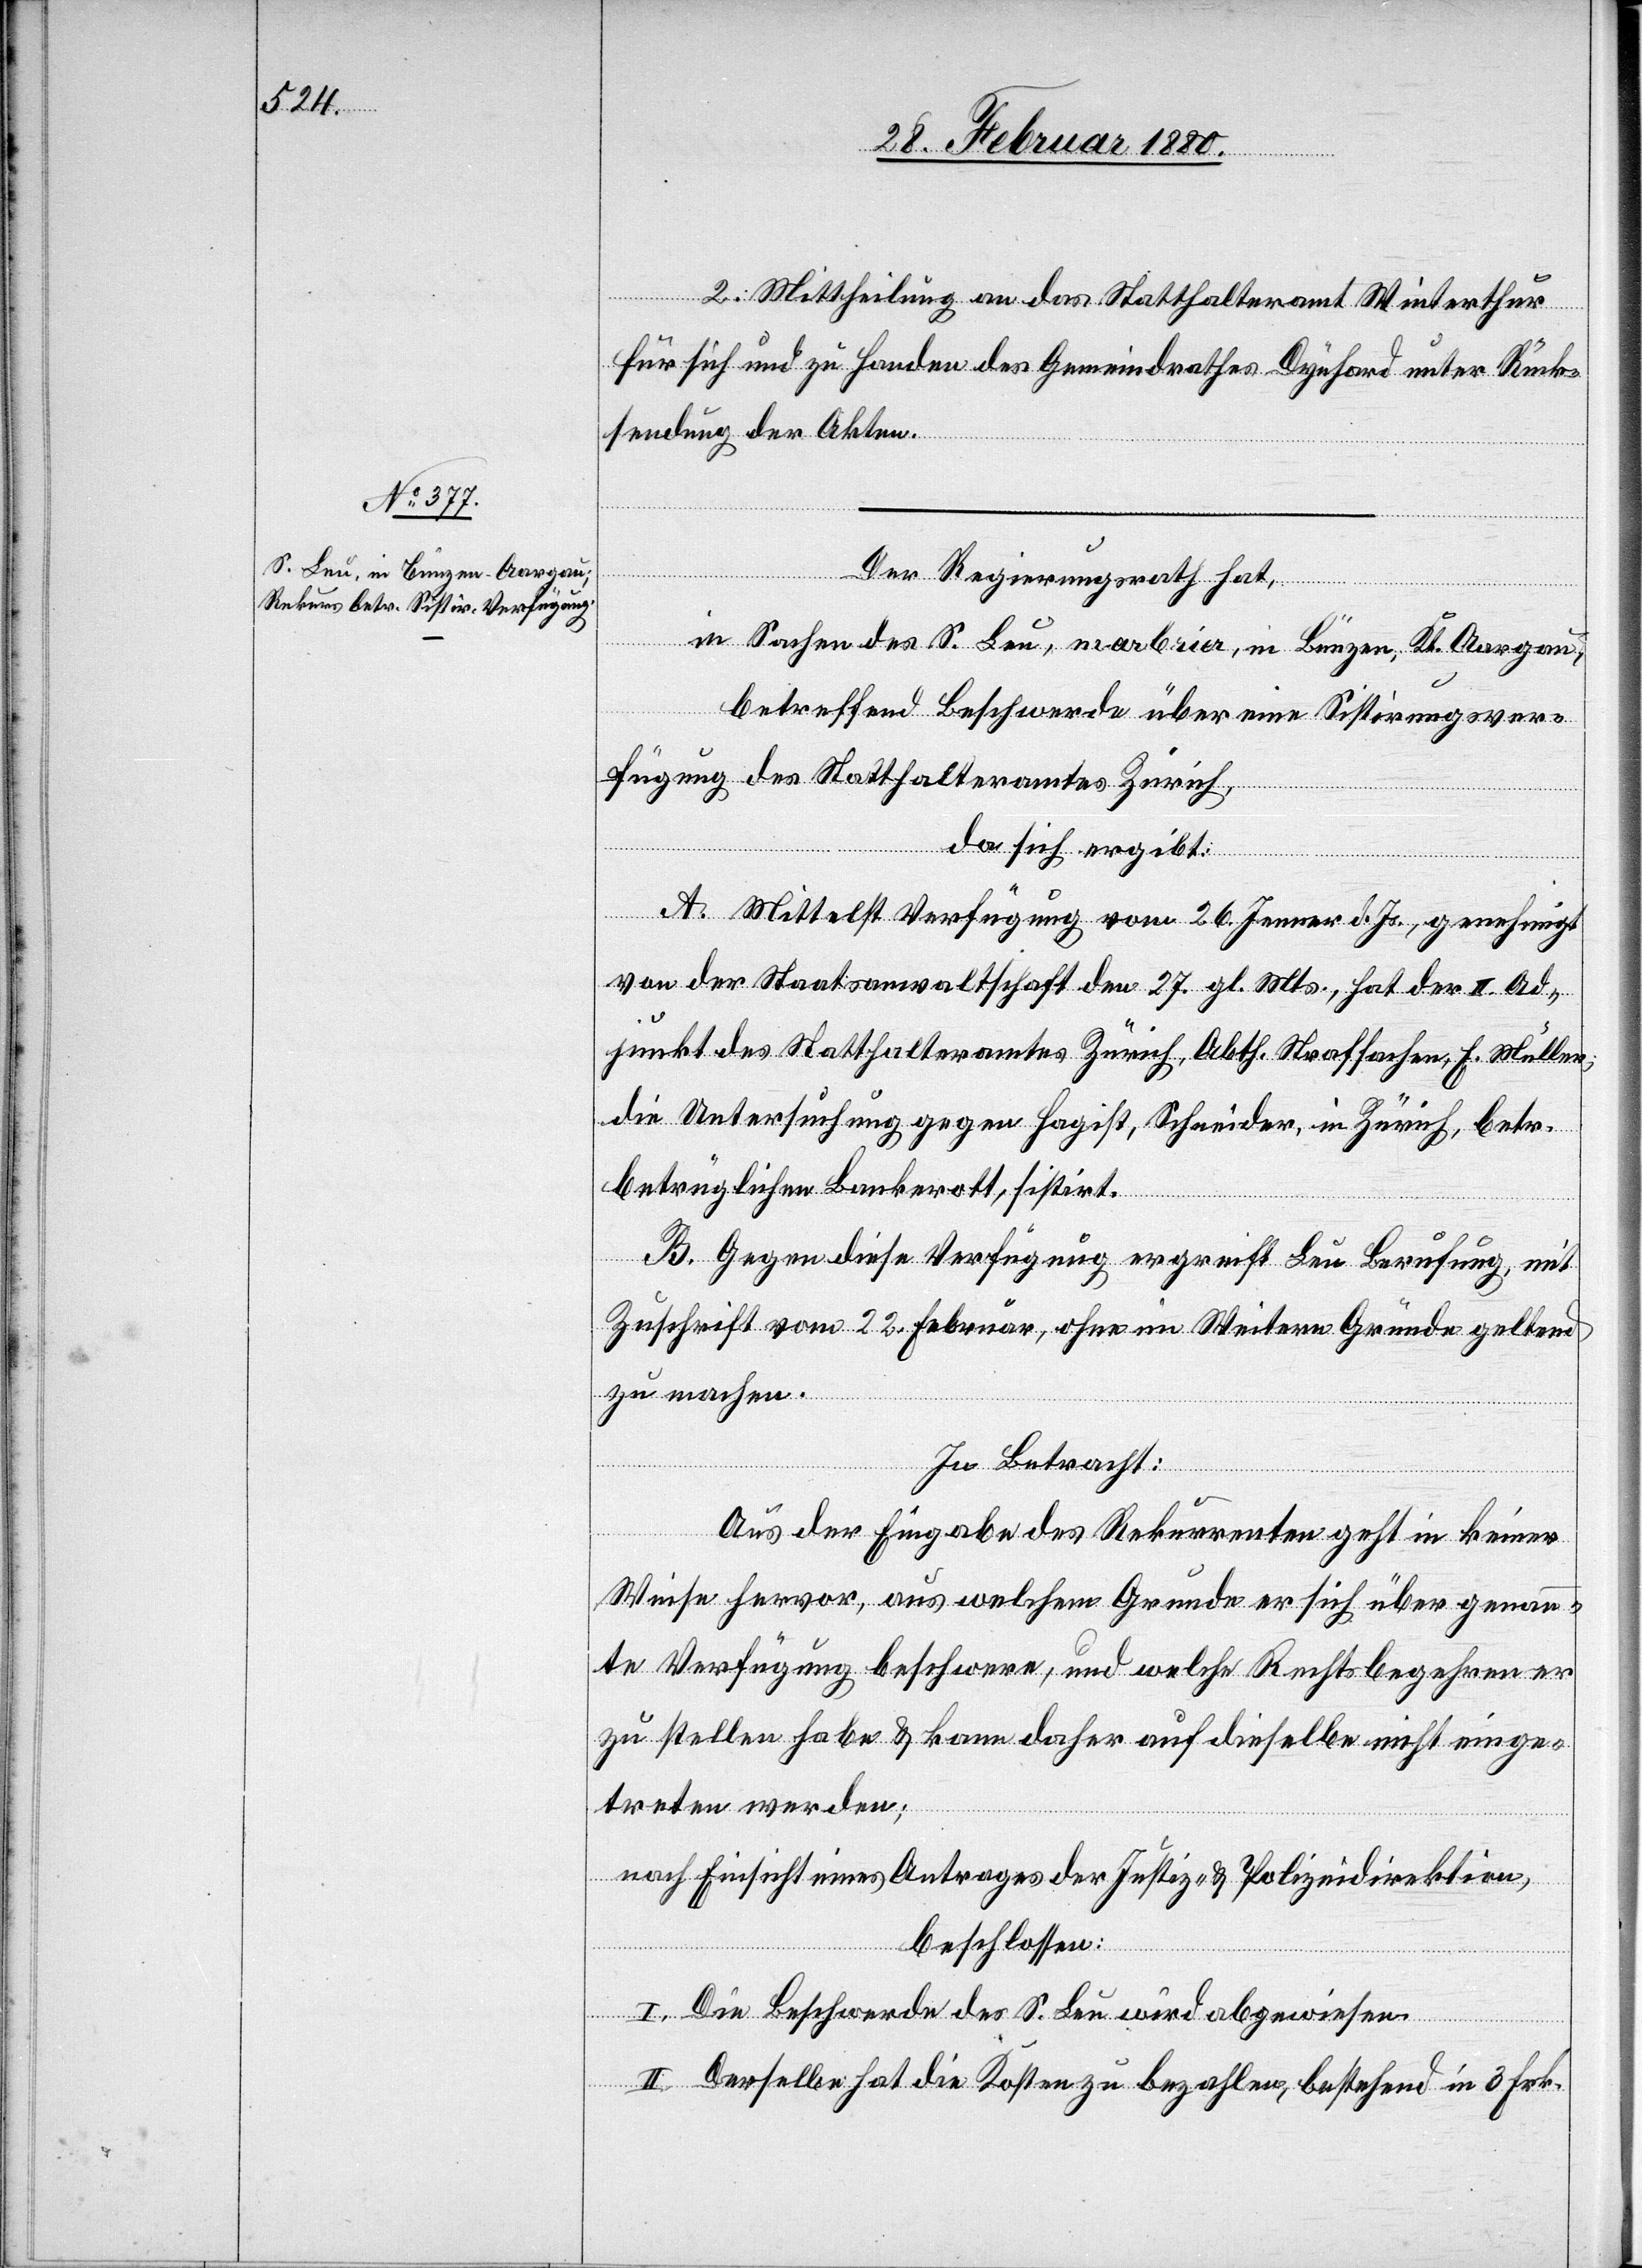
2. Mittheilung an das Statthalteramt Winterthur
für sich und zu Handen des Gemeindrathes Dynhard unter Rück¬
sendung der Akten.
Der Regierungsrath hat,
in Sachen des S. Leu, marbrier, in Bünzen, Kt. Aargau,
betreffend Beschwerde über eine Sistirungsver¬
fügung des Statthalteramtes Zürich,
da sich ergibt:
A. Mittelst Verfügung vom 26. Jenner d. Js., genehmigt
von der Staatsanwaltschaft den 27. gl. Mts., hat der II. Ad¬
junkt des Statthalteramtes Zürich, Abth. Strafsachen, E. Müller,
die Untersuchung gegen Hagist, Schneider, in Zürich, betr.
betrüglichen Bankerott, sistirt.
B. Gegen diese Verfügung ergreift Leu Berufung, mit
Zuschrift vom 22. Februar, ohne im Weitern Gründe geltend
zu machen.
In Betracht:
Aus der Eingabe des Rekurrenten geht in keiner
Weise hervor, aus welchem Grunde er sich über genann¬
te Verfügung beschwere, und welche Rechtsbegehren er
zu stellen habe & kann daher auf dieselbe nicht einge¬
treten werden;
nach Einsicht eines Antrages der Justiz- & Polizeidirektion,
beschlossen:
I. Die Beschwerde des S. Leu wird abgewiesen.
II. Derselbe hat die Kosten zu bezahlen, bestehend in 3 Frk.